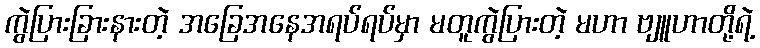
ကွဲပြားခြားနားတဲ့ အခြေအနေအရပ်ရပ်မှာ မတူကွဲပြားတဲ့ မဟာ ဗျူဟာတို့ရဲ့